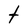
Character: t